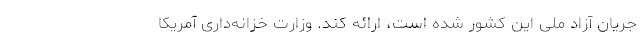
جریان آزاد ملی این کشور شده است، ارائه کند. وزارت خزانه‌داری آمریکا